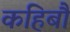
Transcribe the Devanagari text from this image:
कहिबौ